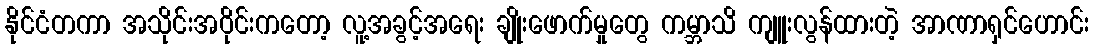
နိုင်ငံတကာ အသိုင်းအဝိုင်းကတော့ လူ့အခွင့်အရေး ချိုးဖောက်မှုတွေ ကမ္ဘာသိ ကျူးလွန်ထားတဲ့ အာဏာရှင်ဟောင်း